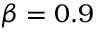
\beta = 0 . 9